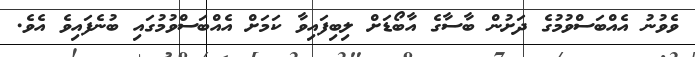
ވެވުނު އެއްބަސްވުމުގެ ދަށުން ބާސާގެ އާބޯޑަށް ލިބިފައިވާ ކަމަށް އެއްބަސްވުމުގައި ބުނެފައިވެ އެވެ.